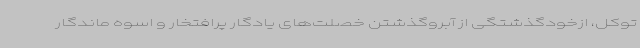
توکل، ازخودگذشتگی از آبروگذشتن خصلت‌های یادگار پرافتخار و اسوه ماندگار